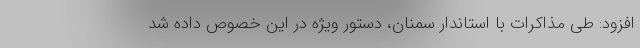
افزود: طی مذاکرات با استاندار سمنان، دستور ویژه در این خصوص داده شد